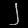
Digit: ၂